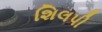
શિલપી